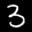
Label: 3